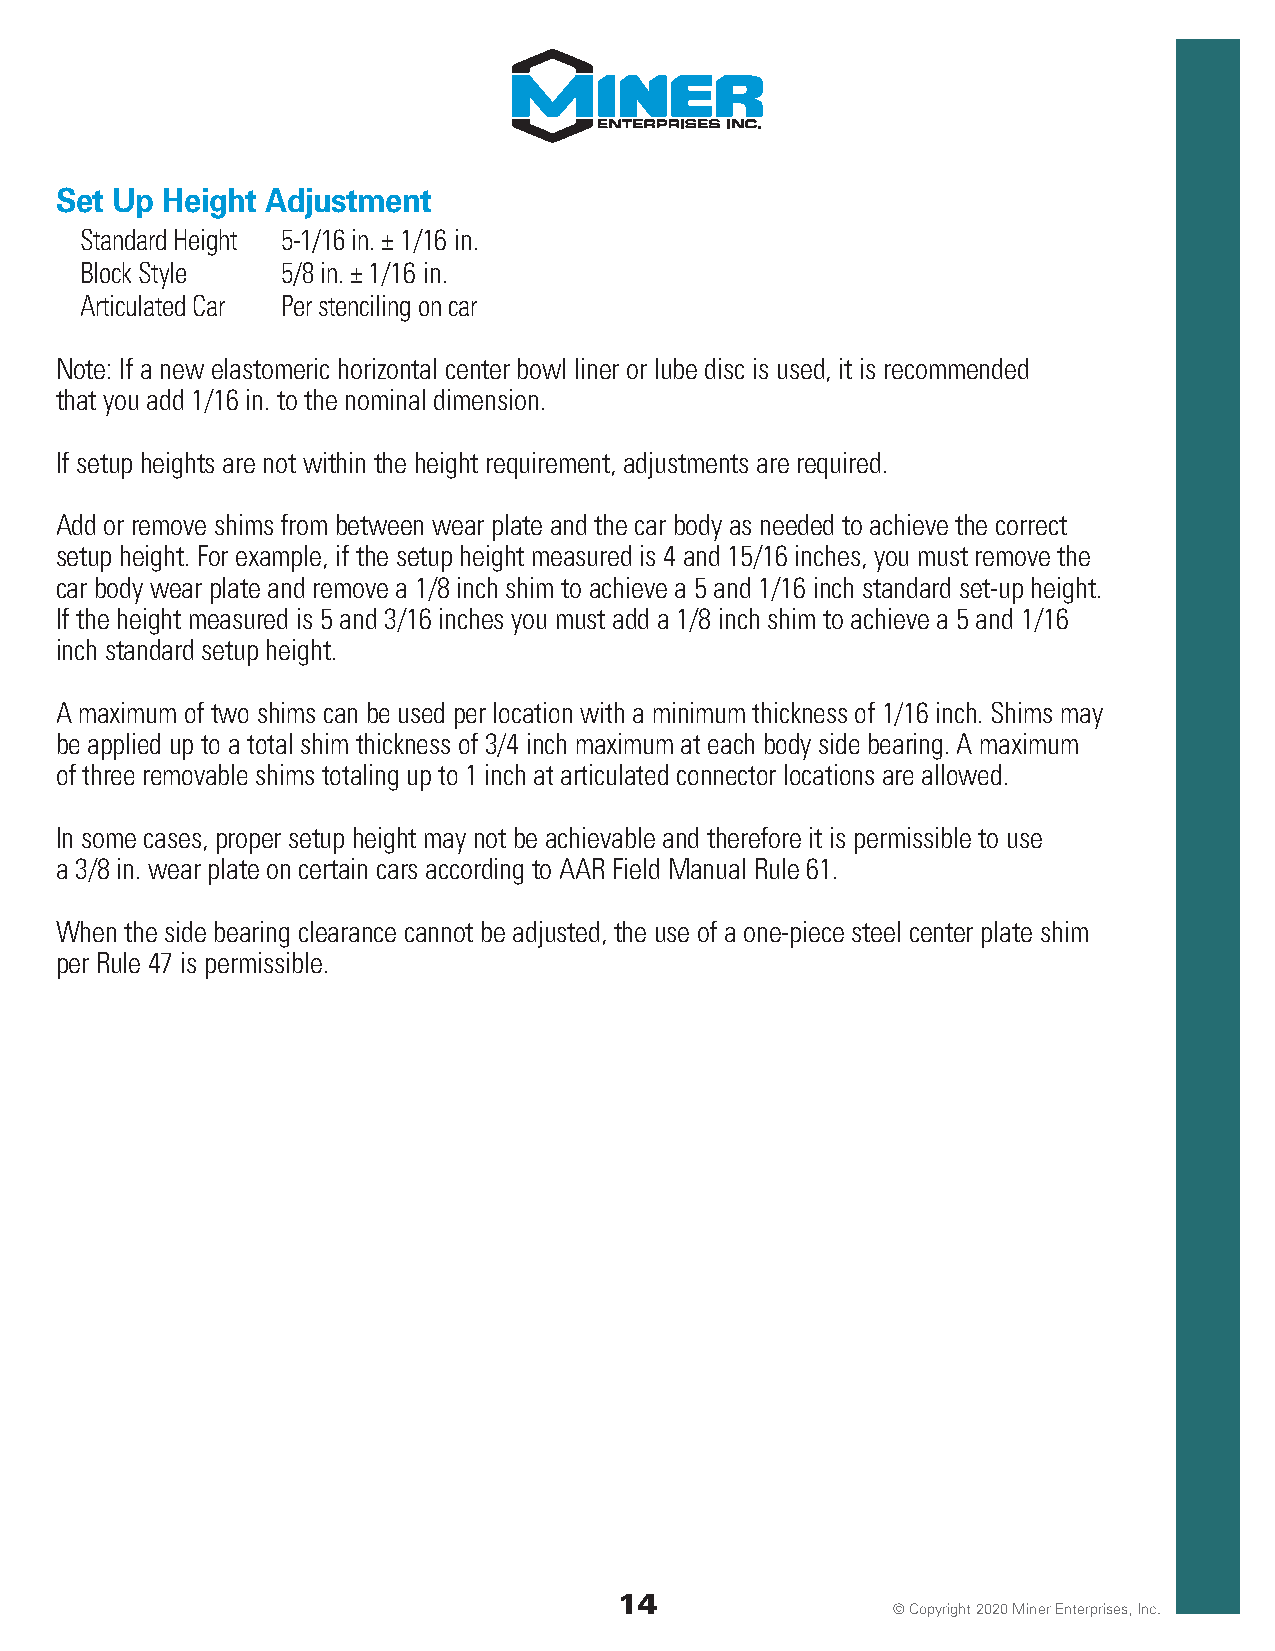
Set Up Height Adjustment
 Standard Height 5-1/16 in. ± 1/16 in.
 Block Style   5/8 in. ± 1/16 in.
 Articulated Car Per stenciling on car
 Note: If a new elastomeric horizontal center bowl liner or lube disc is used, it is recommended
 that you add 1/16 in. to the nominal dimension.
 If setup heights are not within the height requirement, adjustments are required.
 Add or remove shims from between wear plate and the car body as needed to achieve the correct
 setup height. For example, if the setup height measured is 4 and 15/16 inches, you must remove the
 car body wear plate and remove a 1/8 inch shim to achieve a 5 and 1/16 inch standard set-up height.
 If the height measured is 5 and 3/16 inches you must add a 1/8 inch shim to achieve a 5 and 1/16
 inch standard setup height.
 A maximum of two shims can be used per location with a minimum thickness of 1/16 inch. Shims may
 be applied up to a total shim thickness of 3/4 inch maximum at each body side bearing. A maximum
 of three removable shims totaling up to 1 inch at articulated connector locations are allowed.
 In some cases, proper setup height may not be achievable and therefore it is permissible to use
 a 3/8 in. wear plate on certain cars according to AAR Field Manual Rule 61.
 When the side bearing clearance cannot be adjusted, the use of a one-piece steel center plate shim
 per Rule 47 is permissible.
 14
 © Copyright 2020 Miner Enterprises, Inc.